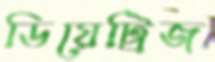
ডিয়েট্রিজ